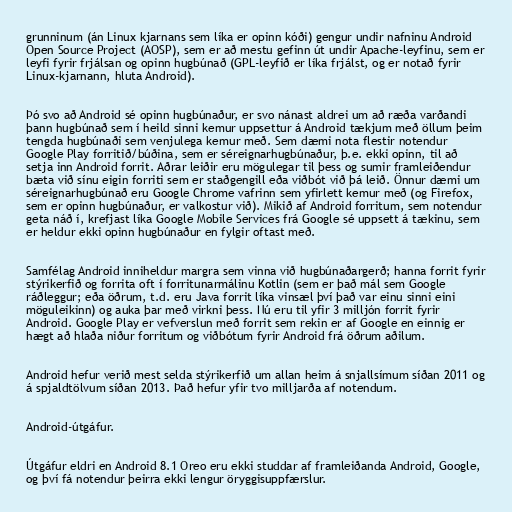
grunninum (án Linux kjarnans sem líka er opinn kóði) gengur undir nafninu Android
Open Source Project (AOSP), sem er að mestu gefinn út undir Apache-leyfinu, sem er
leyfi fyrir frjálsan og opinn hugbúnað (GPL-leyfið er líka frjálst, og er notað fyrir
Linux-kjarnann, hluta Android).

Þó svo að Android sé opinn hugbúnaður, er svo nánast aldrei um að ræða varðandi
þann hugbúnað sem í heild sinni kemur uppsettur á Android tækjum með öllum þeim
tengda hugbúnaði sem venjulega kemur með. Sem dæmi nota flestir notendur
Google Play forritið/búðina, sem er séreignarhugbúnaður, þ.e. ekki opinn, til að
setja inn Android forrit. Aðrar leiðir eru mögulegar til þess og sumir framleiðendur
bæta við sínu eigin forriti sem er staðgengill eða viðbót við þá leið. Önnur dæmi um
séreignarhugbúnað eru Google Chrome vafrinn sem yfirlett kemur með (og Firefox,
sem er opinn hugbúnaður, er valkostur við). Mikið af Android forritum, sem notendur
geta náð í, krefjast líka Google Mobile Services frá Google sé uppsett á tækinu, sem
er heldur ekki opinn hugbúnaður en fylgir oftast með.

Samfélag Android inniheldur margra sem vinna við hugbúnaðargerð; hanna forrit fyrir
stýrikerfið og forrita oft í forritunarmálinu Kotlin (sem er það mál sem Google
ráðleggur; eða öðrum, t.d. eru Java forrit líka vinsæl því það var einu sinni eini
möguleikinn) og auka þar með virkni þess. Nú eru til yfir 3 milljón forrit fyrir
Android. Google Play er vefverslun með forrit sem rekin er af Google en einnig er
hægt að hlaða niður forritum og viðbótum fyrir Android frá öðrum aðilum.

Android hefur verið mest selda stýrikerfið um allan heim á snjallsímum síðan 2011 og
á spjaldtölvum síðan 2013. Það hefur yfir tvo milljarða af notendum.

Android-útgáfur.

Útgáfur eldri en Android 8.1 Oreo eru ekki studdar af framleiðanda Android, Google,
og því fá notendur þeirra ekki lengur öryggisuppfærslur.